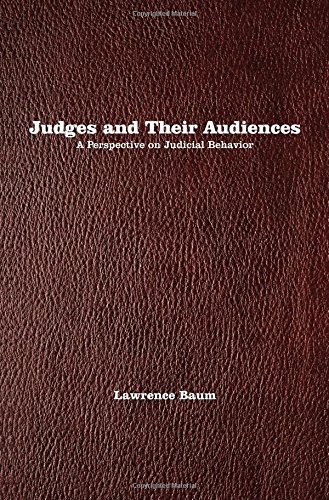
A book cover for Judges and Their Audiences: A Perspective on Judicial Behavior; Lawrence Baum; Law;